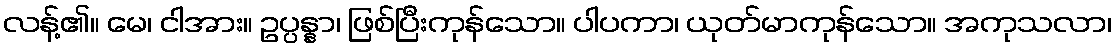
လန့်၏။ မေ၊ ငါအား။ ဥပ္ပန္နာ၊ ဖြစ်ပြီးကုန်သော။ ပါပကာ၊ ယုတ်မာကုန်သော။ အကုသလာ၊